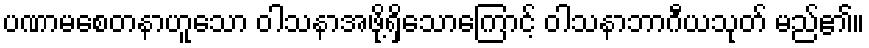
ပဏာမစေတနာဟူသော ဝါသနာအဖို့ရှိသောကြောင့် ဝါသနာဘာဂီယသုတ် မည်၏။